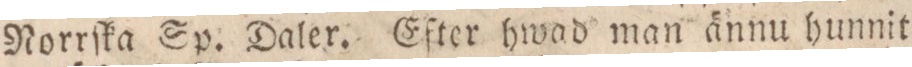
Norrſka Sp. Daler. Efter hwad man ännu hunnit